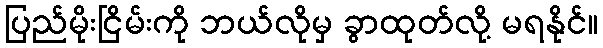
ပြည်မိုးငြိမ်းကို ဘယ်လိုမှ ခွာထုတ်လို့ မရနိုင်။